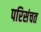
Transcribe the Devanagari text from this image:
परिसंचत